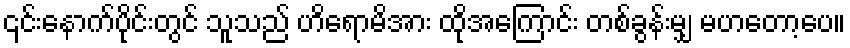
၎င်းနောက်ပိုင်းတွင် သူသည် ဟိရောမိအား ထိုအကြောင်း တစ်ခွန်းမျှ မဟတော့ပေ။